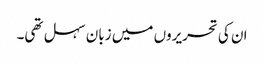
ان کی تحریروں میں زبان سہل تھی۔